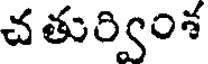
చతుర్వింశ